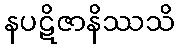
နပဋိဇာနိဿသိ